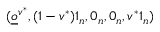
( \underline { o } ^ { v ^ { * } } , ( 1 - v ^ { * } ) 1 _ { n } , 0 _ { n } , 0 _ { n } , v ^ { * } 1 _ { n } )